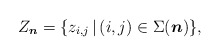
\begin{gather*}Z_{\boldsymbol{n}}= \{z_{i,j} \,|\, (i,j) \in \Sigma({\boldsymbol{n}}) \},\end{gather*}